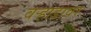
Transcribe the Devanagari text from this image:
वर्‍हाडावर